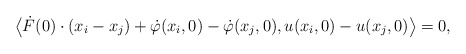
\begin{align*}\big \langle \dot{F}(0)\cdot (x_i - x_j) + \dot{\varphi}(x_i,0) - \dot{\varphi}(x_j,0), u(x_i, 0) - u(x_j, 0) \big \rangle = 0,\end{align*}